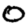
Digit: 0